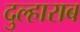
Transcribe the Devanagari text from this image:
दुल्हाराब